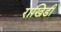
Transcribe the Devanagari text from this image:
राखिडी